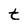
Character: t